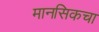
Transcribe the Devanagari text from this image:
मानसिकचा